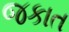
જકાત